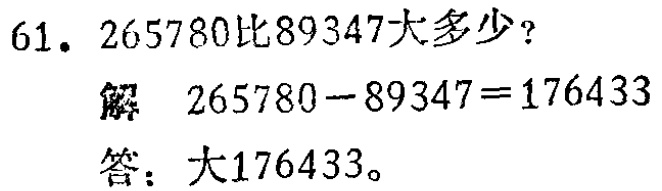
61. 265780比89347大多少？

解 \(265780 - 89347 = 176433\)

答：大176433。